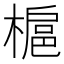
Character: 槴